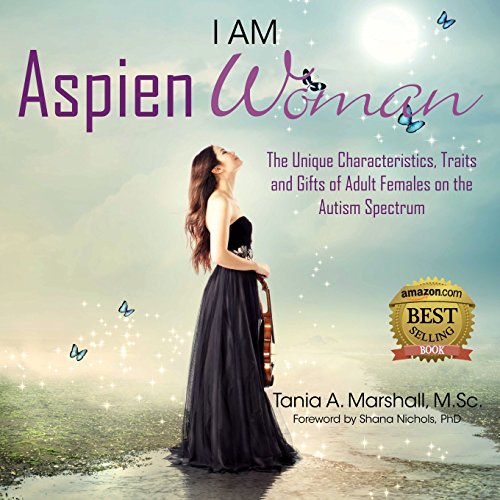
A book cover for I am AspienWoman: The Unique Characteristics, Traits, and Gifts of Adult Females on the Autism Spectrum; Tania Marshall; Parenting & Relationships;